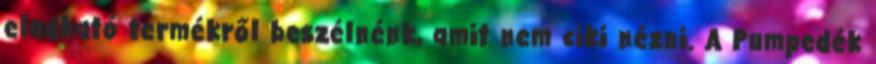
eladható termékről beszélnénk, amit nem ciki nézni. A Pumpedék